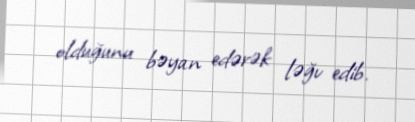
olduğunu bəyan edərək ləğv edib.